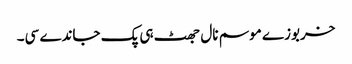
خربوزے موسم نال جھٹ ہی پک جاندے سی۔